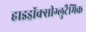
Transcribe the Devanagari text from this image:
हाइड्रॉक्सीग्लुटैमिक